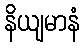
နိယျမာနံ